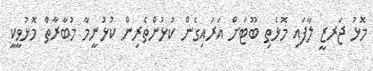
މޮޅު ޖަރޒީ ލާފައި މޮޅެތި ބޫޓަށް އަރައިގެން ކުޅުންތެރިން ކުޅުނީމާ މުބާރާތް މޮޅުވީކީ